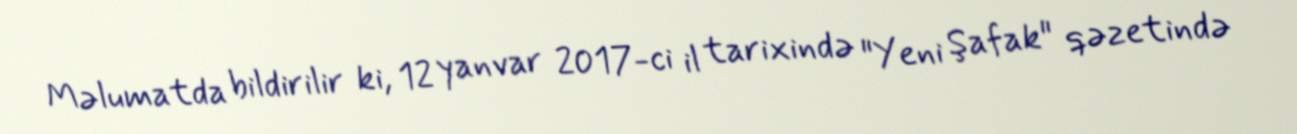
Məlumatda bildirilir ki, 12 yanvar 2017-ci il tarixində "Yeni Şafak" qəzetində